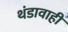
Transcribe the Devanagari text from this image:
थंडावाही